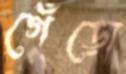
গেঁড়ো